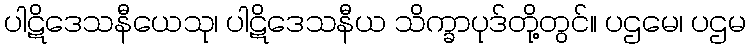
ပါဋိဒေသနီယေသု၊ ပါဋိဒေသနီယ သိက္ခာပုဒ်တို့တွင်။ ပဌမေ၊ ပဌမ